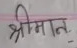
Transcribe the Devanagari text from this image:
श्रीमान्